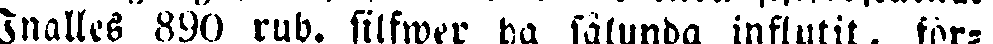
Inalles 890 rub. silfwer ha sålunda influtit, för-